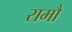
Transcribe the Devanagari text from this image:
रामौ